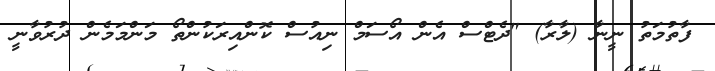
ފާތުމަތު ނީނާ (ލާރާ) "ދެޓްސް އެން އޯސަމް ނިއުސް ކޮންއިރަކުންތޯ މަންމަމެން ދުރުވާނީ